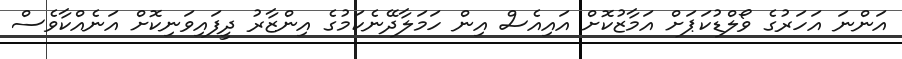
އަންނަ އަހަރުގެ ވޯލްޑުކަޕަށް އަމާޒުކޮށް އައިއެސް އިން ހަމަލާދޭނެކަމުގެ އިންޒާރު ދީފައިވަނިކޮށް އަނެއްކާވެސް